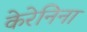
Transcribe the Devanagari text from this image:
केरेनिना